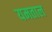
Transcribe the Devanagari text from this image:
यमताल